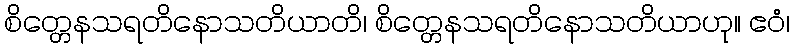
စိတ္တေနသရတိနောသတိယာတိ၊ စိတ္တေနသရတိနောသတိယာဟု။ ဧဝံ၊